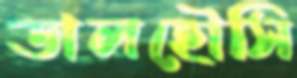
ডালহৌসি